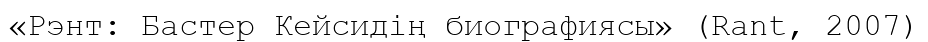
«Рэнт: Бастер Кейсидің биографиясы» (Rant, 2007)